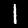
Digit: 1